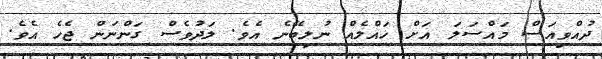
ދުއްވިއަސް މައްސަލަ އަށް ހައްލެއް ނުލިބޭނެ އެވެ. ލަދުވެސް ގަންނަން ޖެހެ އެވެ.